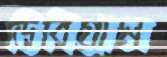
ডিবিগ্রাম